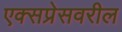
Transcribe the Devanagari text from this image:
एक्सप्रेसवरील